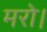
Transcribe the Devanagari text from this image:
मरो।